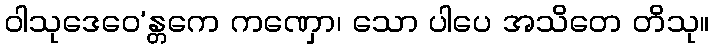
ဝါသုဒေဝေ’န္တကေ ကဏှော၊ သော ပါပေ အသိတေ တိသု။